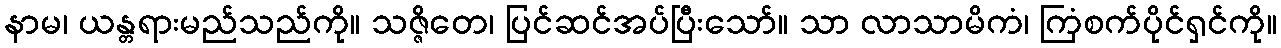
နာမ၊ ယန္တရားမည်သည်ကို။ သဇ္ဇိတေ၊ ပြင်ဆင်အပ်ပြီးသော်။ သာ လာသာမိကံ၊ ကြံစက်ပိုင်ရှင်ကို။